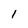
Character: I